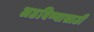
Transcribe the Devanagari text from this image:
लढविण्यासाठी